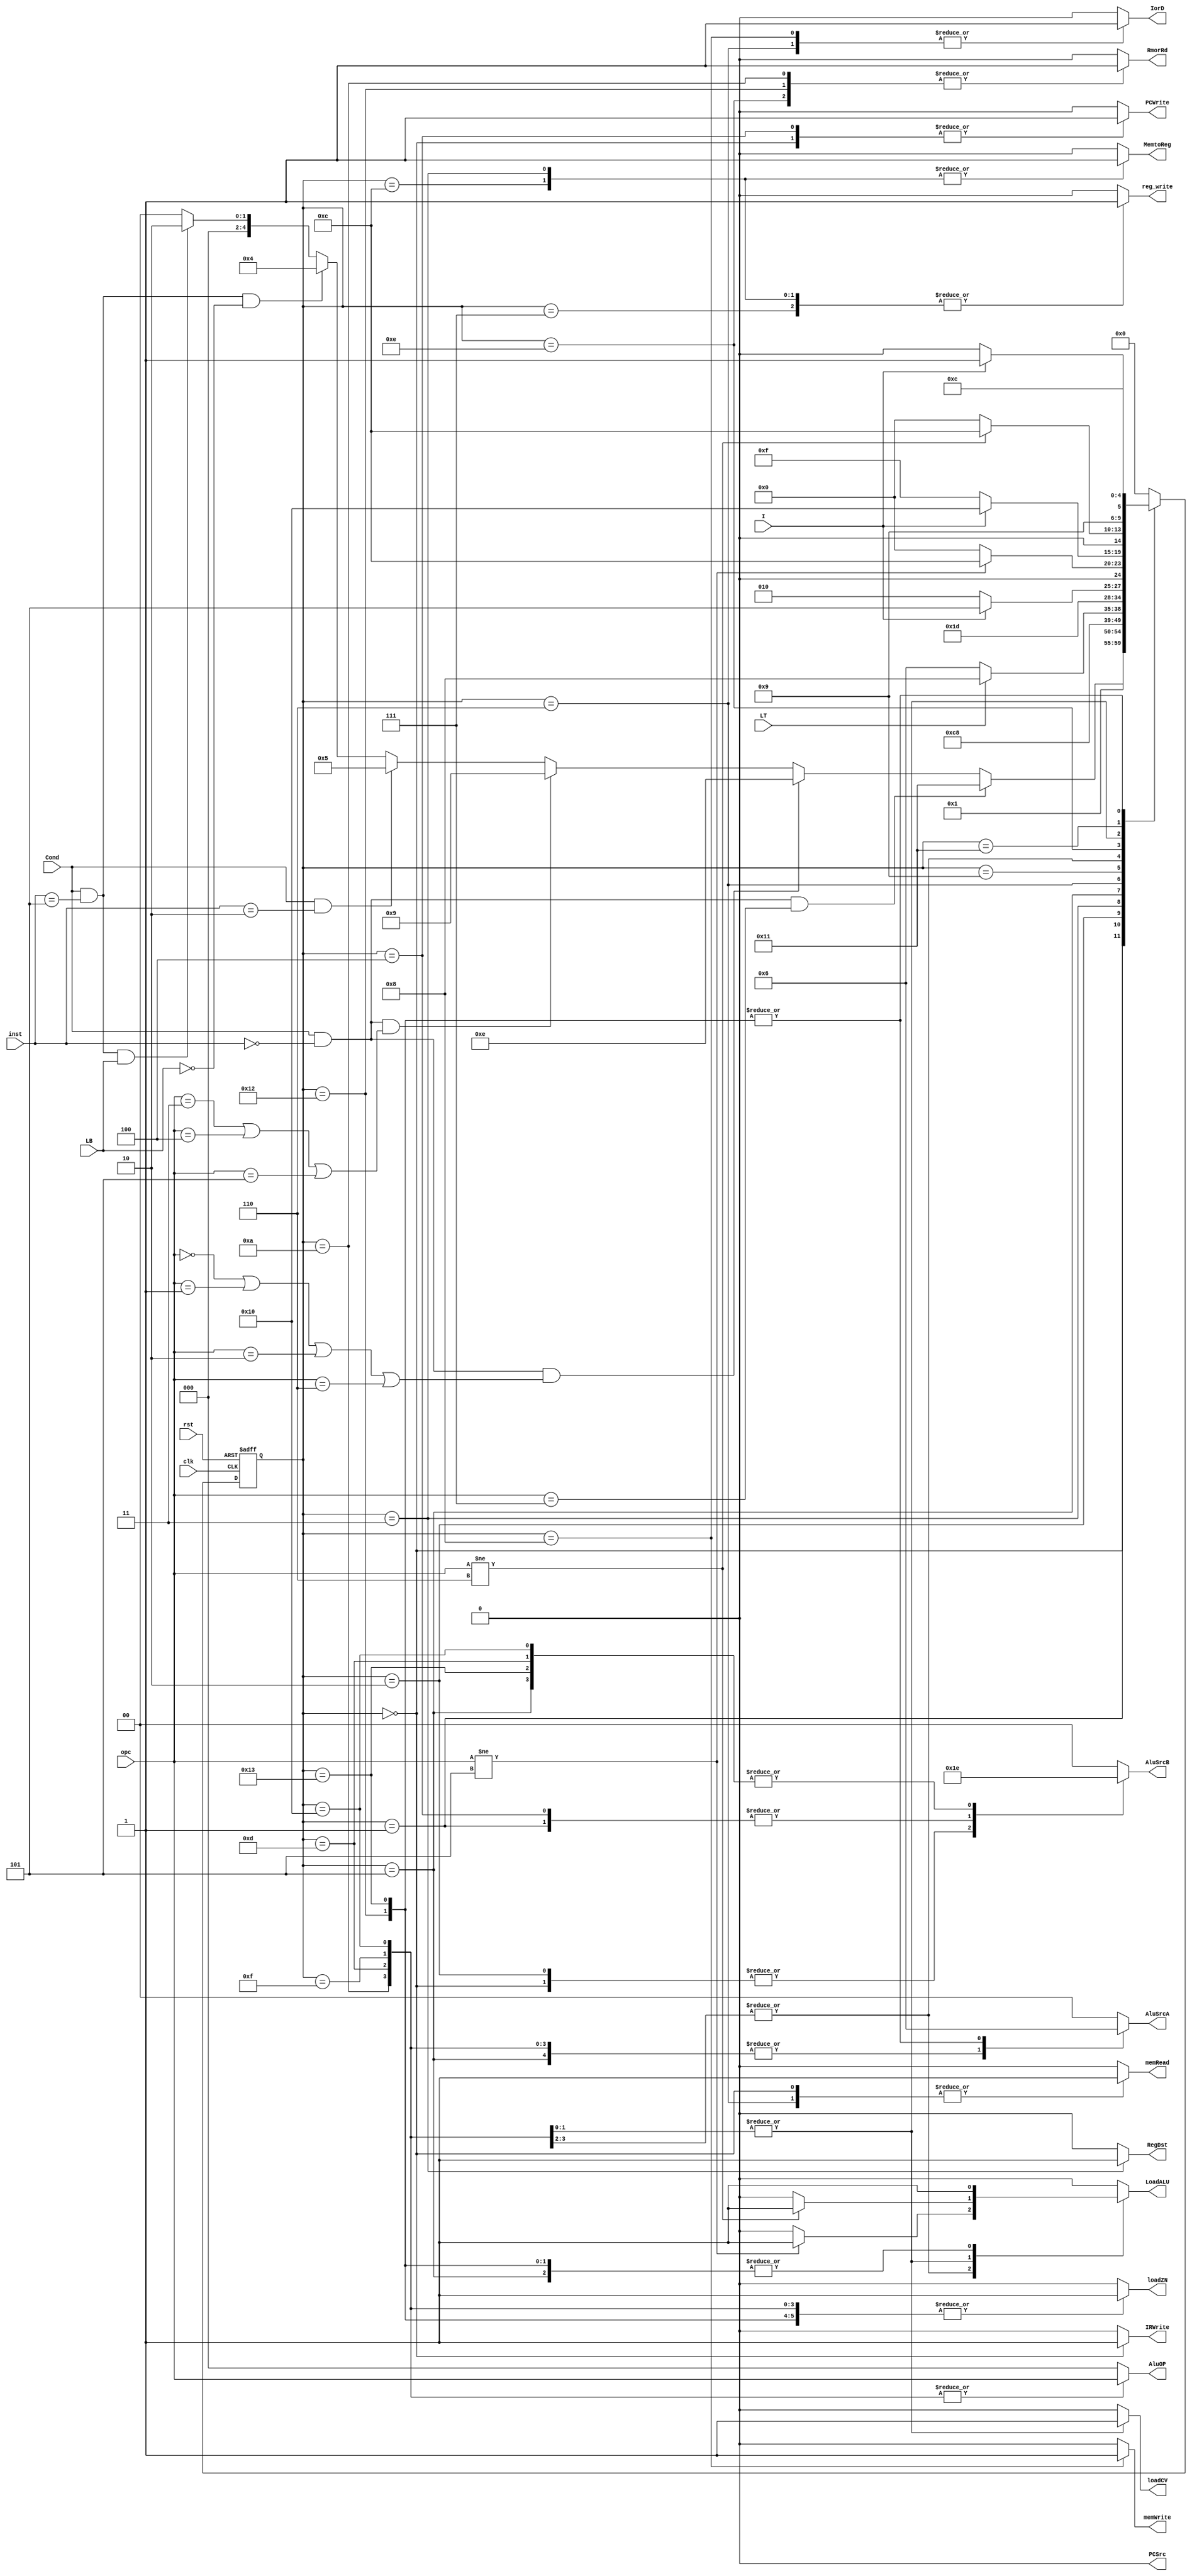
`timescale 1ns/1ns
module Controller(Cond,LT,LB,I,inst,opc,MemtoReg, RegDst, PCSrc,
 reg_write,PCWrite,IorD,RmorRd,LoadALU,loadZN,loadCV,IRWrite,memRead,
memWrite,AluSrcA,AluSrcB,AluOP,clk,rst);
  input Cond,I,LT,LB,clk,rst;
  input [2:0] inst,opc;
  output reg MemtoReg, RegDst, PCSrc, reg_write,PCWrite,IorD,RmorRd,LoadALU;
  output reg loadZN,loadCV,IRWrite,memRead,memWrite;
  output reg [1:0]AluSrcA,AluSrcB;
  output reg [2:0]AluOP;
  reg[4:0] ps, ns;
  always@(ps)begin
    ns = 5'b0;
    {MemtoReg, RegDst,  PCSrc, reg_write,PCWrite,
       IorD,RmorRd,LoadALU,loadZN,loadCV,IRWrite,memRead,
        memWrite,AluSrcA,AluSrcB,AluOP} = 20'b0;
    case(ps)
      /*IF*///0
      5'b00000: begin
        ns = 5'b00001;
        {AluSrcA,AluSrcB,PCSrc,PCWrite,IorD,IRWrite,memRead,AluOP} = 12'b000101011000;
      end
      /*ID*///1
      5'b00001: begin
        if(Cond==1'b0) ns = 5'b00000;
        if(Cond==1'b1 & inst==3'b101 & LB==1'b1) ns = 5'b00010;
        if(Cond==1'b1 & inst==3'b101 & LB==1'b0) ns = 5'b00100;
        if(Cond==1'b1 & inst==3'b010) ns = 5'b00101;
        if(Cond==1'b1 & inst==3'b000 &(opc==3'b011|opc==3'b100|opc==3'b101)) ns = 5'b01001;
        if(Cond==1'b1 & inst==3'b000 &(opc==3'b000|opc==3'b001|opc==3'b010|opc==3'b110)) ns = 5'b01110;
        if(Cond==1'b1 & inst==3'b000 & opc==3'b111) ns = 5'b10001;
        {AluOP,AluSrcA, AluSrcB} = 7'b0000011;
      end 
      //2
      5'b00010: begin
        {AluSrcA, AluSrcB, AluOP,PCSrc} = 8'b00010000;
        ns = 5'b00011;
      end
      //3
      5'b00011: begin
        {RegDst, MemtoReg,reg_write} = 3'b111;
        ns = 5'b00100;
      end
      //4
      5'b00100: begin
        {AluSrcA, AluSrcB, AluOP, PCSrc,PCWrite} = 9'b001100001;
        ns = 5'b00000;
      end
      //5
      5'b00101:begin
        {AluSrcA, AluSrcB, AluOP, LoadALU} = 8'b01100001;
         if(LT==1'b0) ns = 5'b00110;
         if(LT==1'b1) ns = 5'b01000;
      end
      //6
      5'b00110: begin
        {IorD, memRead} = 2'b11;
        ns = 5'b00111;
      end
      //7
      5'b00111: begin
        {RegDst, reg_write, MemtoReg} = 3'b010;
        ns = 5'b00000;
      end
      //8
      5'b01000: begin
        {IorD, memWrite} = 2'b11;
        ns = 5'b00000;
      end
      //9
      5'b01001: begin
       if(I==1'b0) ns = 5'b01010;
       if(I==1'b1) ns = 5'b01101;
      end
      //10
      5'b01010: begin
        {AluSrcA, AluSrcB, RmorRd,loadZN} = 6'b010011;
	AluOP=opc;
        if (opc==3'b101) ns = 5'b00000;
        if (opc!=3'b101) LoadALU=1'b1;
	if (opc!=3'b101) ns = 5'b01100;
      end
      //12
      5'b01100: begin
        {RegDst,MemtoReg,reg_write } = 3'b011;
        ns = 5'b00000;
      end
      //13
      5'b01101: begin
         {AluSrcA, AluSrcB,loadZN} = 5'b01101;
         AluOP=opc;
         if (opc==3'b101) ns = 5'b00000;
	 if (opc!=3'b101) LoadALU=1'b1;
	 if (opc!=3'b101) ns = 5'b01100;
      end
      //14
      5'b01110: begin
       if(I==1'b0) ns = 5'b01111;
       if(I==1'b1) ns = 5'b10000;
       RmorRd = 1'b1;
      end
      //15
      5'b01111: begin
       {AluSrcA, AluSrcB,loadZN,loadCV} = 6'b010011;
       AluOP=opc;
       if(opc==3'b110) ns = 5'b00000;
       if(opc!=3'b110) LoadALU=1'b1;
       if(opc!=3'b110) ns = 5'b01100;
      end
      //16
      5'b10000: begin
       {AluSrcA, AluSrcB,loadZN,loadCV}=6'b011011;
	AluOP=opc;
       if(opc==3'b110) ns = 5'b00000;
       if(opc!=3'b110) LoadALU=1'b1;
       if(opc!=3'b110) ns = 5'b01100;
      end
      //17
      5'b10001: begin
       if(I==1'b0) ns = 5'b10010;
       if(I==1'b1) ns = 5'b10011;
      end
      //18
      5'b10010: begin
       {AluSrcA, AluSrcB, AluOP,RmorRd,loadZN,LoadALU}=10'b1000000111;
       ns = 5'b01100;
      end
      //19
      5'b10011: begin
       {AluSrcA, AluSrcB, AluOP,loadZN,LoadALU}=9'b101000011;
        ns = 5'b01100;
      end
    endcase
  end  
  always@(posedge clk, posedge rst) begin
    if(rst) ps <= 5'b00000;
    else ps <= ns;
  end  
endmodule